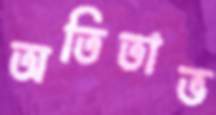
অতিতাভ